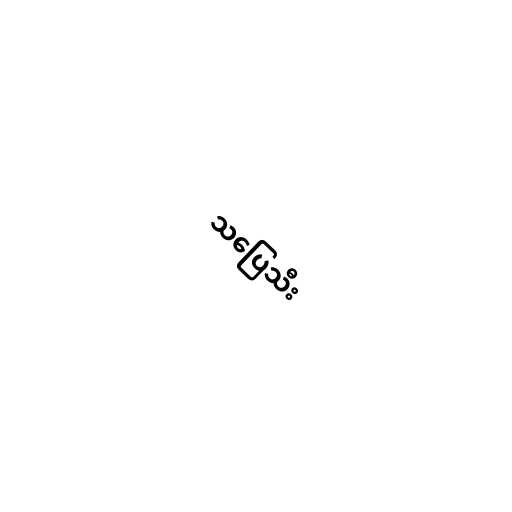
သပြေသီး